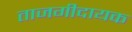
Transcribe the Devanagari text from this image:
ताजगीदायक